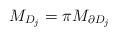
LaTeX: \begin{align*}M_{D_j}=\pi M_{\partial D_j}\end{align*}